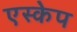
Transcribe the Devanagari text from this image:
एस्‍केप